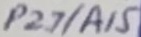
Text: P2.7/A15